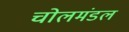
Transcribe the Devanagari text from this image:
चोलमंडल